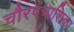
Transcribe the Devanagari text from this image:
चौरपंचाशिका